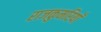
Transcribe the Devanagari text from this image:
राजकुमरियाँ